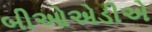
બીઓએડીએ